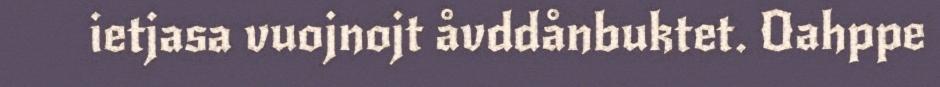
ietjasa vuojnojt åvddånbuktet. Oahppe